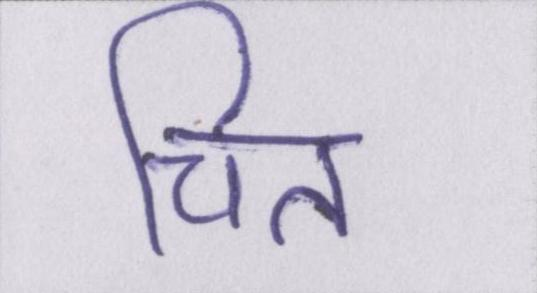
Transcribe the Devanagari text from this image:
चित